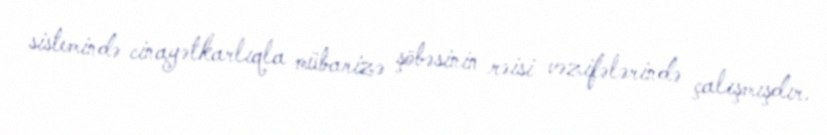
sistemində cinayətkarlıqla mübarizə şöbəsinin rəisi vəzifələrində çalışmışdır.